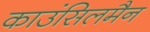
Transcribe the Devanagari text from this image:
काउंसिलमैन